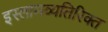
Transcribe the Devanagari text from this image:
इस्लामव्यतिरिक्त